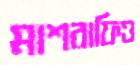
মাশরাফিও